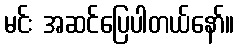
မင်း အဆင်ပြေပါတယ်နော်။